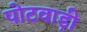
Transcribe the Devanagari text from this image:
पोटवाड़ी